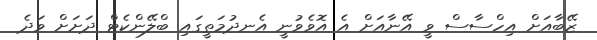
ޒޭބާއަށް އިހްސާސް ވީ އޭނާއަށް އެ އޮވެވުނީ އެނދުމަތީގައި ބްލޭންކެޓް ދަށަށް ވަދެ